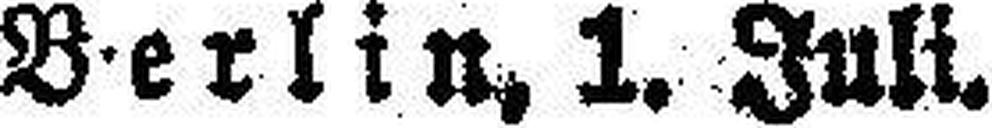
Berlin, 1. Juli.